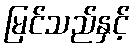
မြင်သည်နှင့်